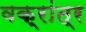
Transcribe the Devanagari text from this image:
वक्रांत्र